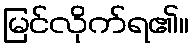
မြင်လိုက်ရ၏။